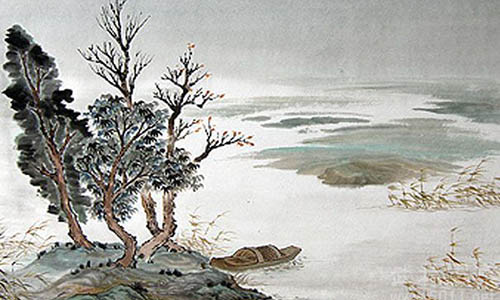
把酒看花想诸弟，杜陵寒食草青青。